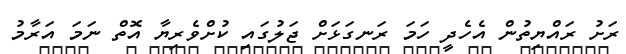
ރަށު ރައްޔިތުން އެހެދީ ހަމަ ރަނގަޅަށް ޖަލުގައި ކުށްވެރިޔާ އޮތް ނަމަ އަރާމު